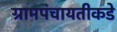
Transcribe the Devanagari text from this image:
ग्रामपंचायतीकडे